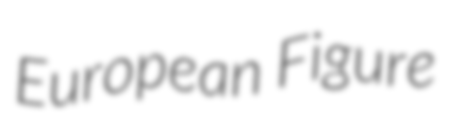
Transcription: European Figure